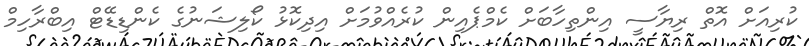
ކުރިއަށް އޮތް ރިޔާސީ އިންތިހާބަށް ކެމްޕެއިން ކުރެއްވުމަށް އިދިކޮޅު ކޯލިޝަނުގެ ކެންޑިޑޭޓް އިބްރާހިމް